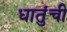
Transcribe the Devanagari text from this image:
धातुंची